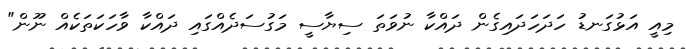
މިއީ އަޅުގަނޑު ހަދަހަދައިގެން ދައްކާ ނުވަތަ ސިޔާސީ މަގުސަދެއްގައި ދައްކާ ވާހަކަތަކެއް ނޫން"